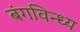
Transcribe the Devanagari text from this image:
बंगविन्ध्य